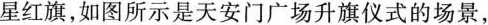
星红旗，如图所示是天安门广场升旗仪式的场景，